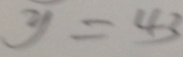
y = 4 3